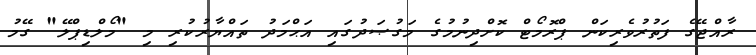
ރާއްޖޭގެ ފަތުރުވެރިކަން ޕްރޮމޯޓް ކޮށްދިނުމުގެ މަގުޞަދުގައި އަޙްމަދު ތައްޔާރުކުރި މި "މޯލްޑިޕްލޭ" ގޭމު